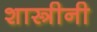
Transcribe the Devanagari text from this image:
शास्त्रीनी